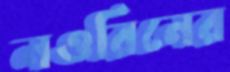
নওরিনের